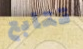
تتابع